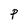
Character: P